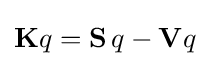
\mathbf {K} q=\mathbf {S} \,q-\mathbf {V} q